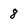
Character: 8